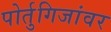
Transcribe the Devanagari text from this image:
पोर्तुगिजांवर